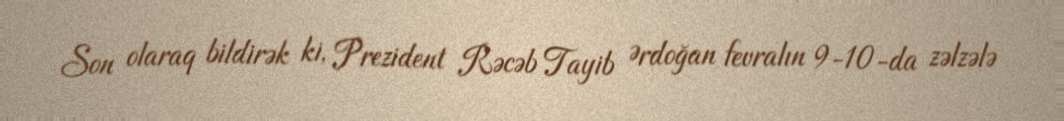
Son olaraq bildirək ki, Prezident Rəcəb Tayib Ərdoğan fevralın 9-10-da zəlzələ